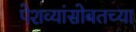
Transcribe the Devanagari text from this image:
पेशव्यांसोबतच्या